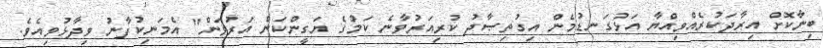
ބިނާކޮށް އިރާދަކުރެއްވިއްޔާ އަޅުގަނޑުމެން އިގުތިޞާދު ކުރިއަރުވާނެ ކަމުގެ ޔަގީންކަން އަރުވަން" އެމަނިކުފާނު ވިދާޅުވިއެވެ.